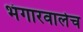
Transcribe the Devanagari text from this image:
भंगारवालेच